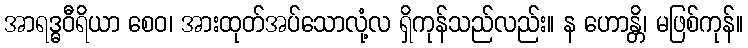
အာရဒ္ဓဝီရိယာ စေဝ၊ အားထုတ်အပ်သောလုံ့လ ရှိကုန်သည်လည်း။ န ဟောန္တိ၊ မဖြစ်ကုန်။